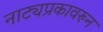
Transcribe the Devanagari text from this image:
नाट्यप्रकावरून